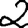
Digit: 2